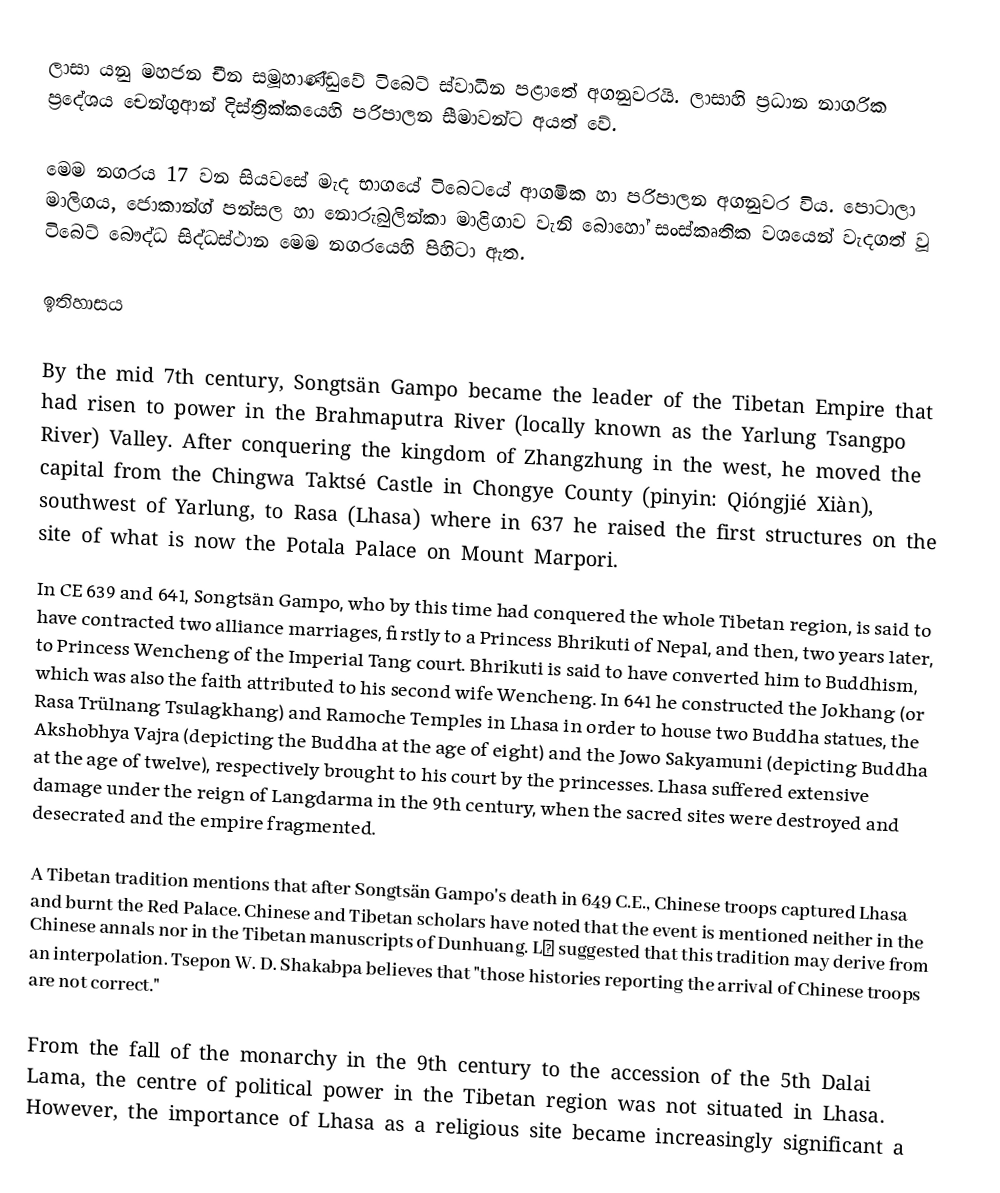
ලාසා යනු මහජන චීන සමූහාණ්ඩුවේ ටිබෙට් ස්වාධීන පළාතේ අගනුවරයි. ලාසාහි ප්‍රධාන නාගරික ප්‍රදේශය චෙන්ගුආන් දිස්ත්‍රික්කයෙහි පරිපාලන සීමාවන්ට අයත් වේ.

මෙම නගරය 17 වන සියවසේ මැද භාගයේ ටිබෙටයේ ආගමික හා පරිපාලන අගනුවර විය. පොටාලා මාලිගය, ජොකාන්ග් පන්සල හා නොරුබුලින්කා මාළිගාව වැනි බොහෝ සංස්කෘතික වශයෙන් වැදගත් වූ ටිබෙට් බෞද්ධ සිද්ධස්ථාන මෙම නගරයෙහි පිහිටා ඇත.

ඉතිහාසය

By the mid 7th century, Songtsän Gampo became the leader of the Tibetan Empire that had risen to power in the Brahmaputra River (locally known as the Yarlung Tsangpo River) Valley. After conquering the kingdom of Zhangzhung in the west, he moved the capital from the Chingwa Taktsé Castle in Chongye County (pinyin: Qióngjié Xiàn), southwest of Yarlung, to Rasa (Lhasa) where in 637 he raised the first structures on the site of what is now the Potala Palace on Mount Marpori.
In CE 639 and 641, Songtsän Gampo, who by this time had conquered the whole Tibetan region, is said to have contracted two alliance marriages,  firstly to a Princess Bhrikuti of Nepal, and then, two years later, to Princess Wencheng of the Imperial Tang court. Bhrikuti is said to have converted him to Buddhism, which was also the faith attributed to his second wife Wencheng. In 641 he constructed the Jokhang (or Rasa Trülnang Tsulagkhang) and Ramoche Temples in Lhasa in order to house two Buddha statues, the Akshobhya Vajra (depicting the Buddha at the age of eight) and the Jowo Sakyamuni (depicting Buddha at the age of twelve), respectively brought to his court by the princesses.  Lhasa suffered extensive damage under the reign of Langdarma in the 9th century, when the sacred sites were destroyed and desecrated and the empire fragmented.

A Tibetan tradition mentions that after Songtsän Gampo's death in 649 C.E., Chinese troops captured Lhasa and burnt the Red Palace. Chinese and Tibetan scholars have noted that the event is mentioned neither in the Chinese annals nor in the Tibetan manuscripts of Dunhuang. Lǐ suggested that this tradition may derive from an interpolation. Tsepon W. D. Shakabpa believes that "those histories reporting the arrival of Chinese troops are not correct."

From the fall of the monarchy in the 9th century to the accession of the 5th Dalai Lama, the centre of political power in the Tibetan region was not situated in Lhasa. However, the importance of Lhasa as a religious site became increasingly significant a